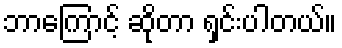
ဘာကြောင့် ဆိုတာ ရှင်းပါတယ်။